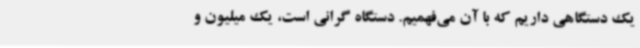
یک دستگاهی داریم که با آن می‌فهمیم. دستگاه گرانی است، یک میلیون و